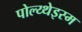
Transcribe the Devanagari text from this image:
पोल्य्थेइस्म